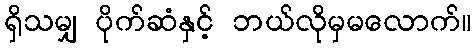
ရှိသမျှ ပိုက်ဆံနှင့် ဘယ်လိုမှမလောက်။